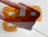
مع